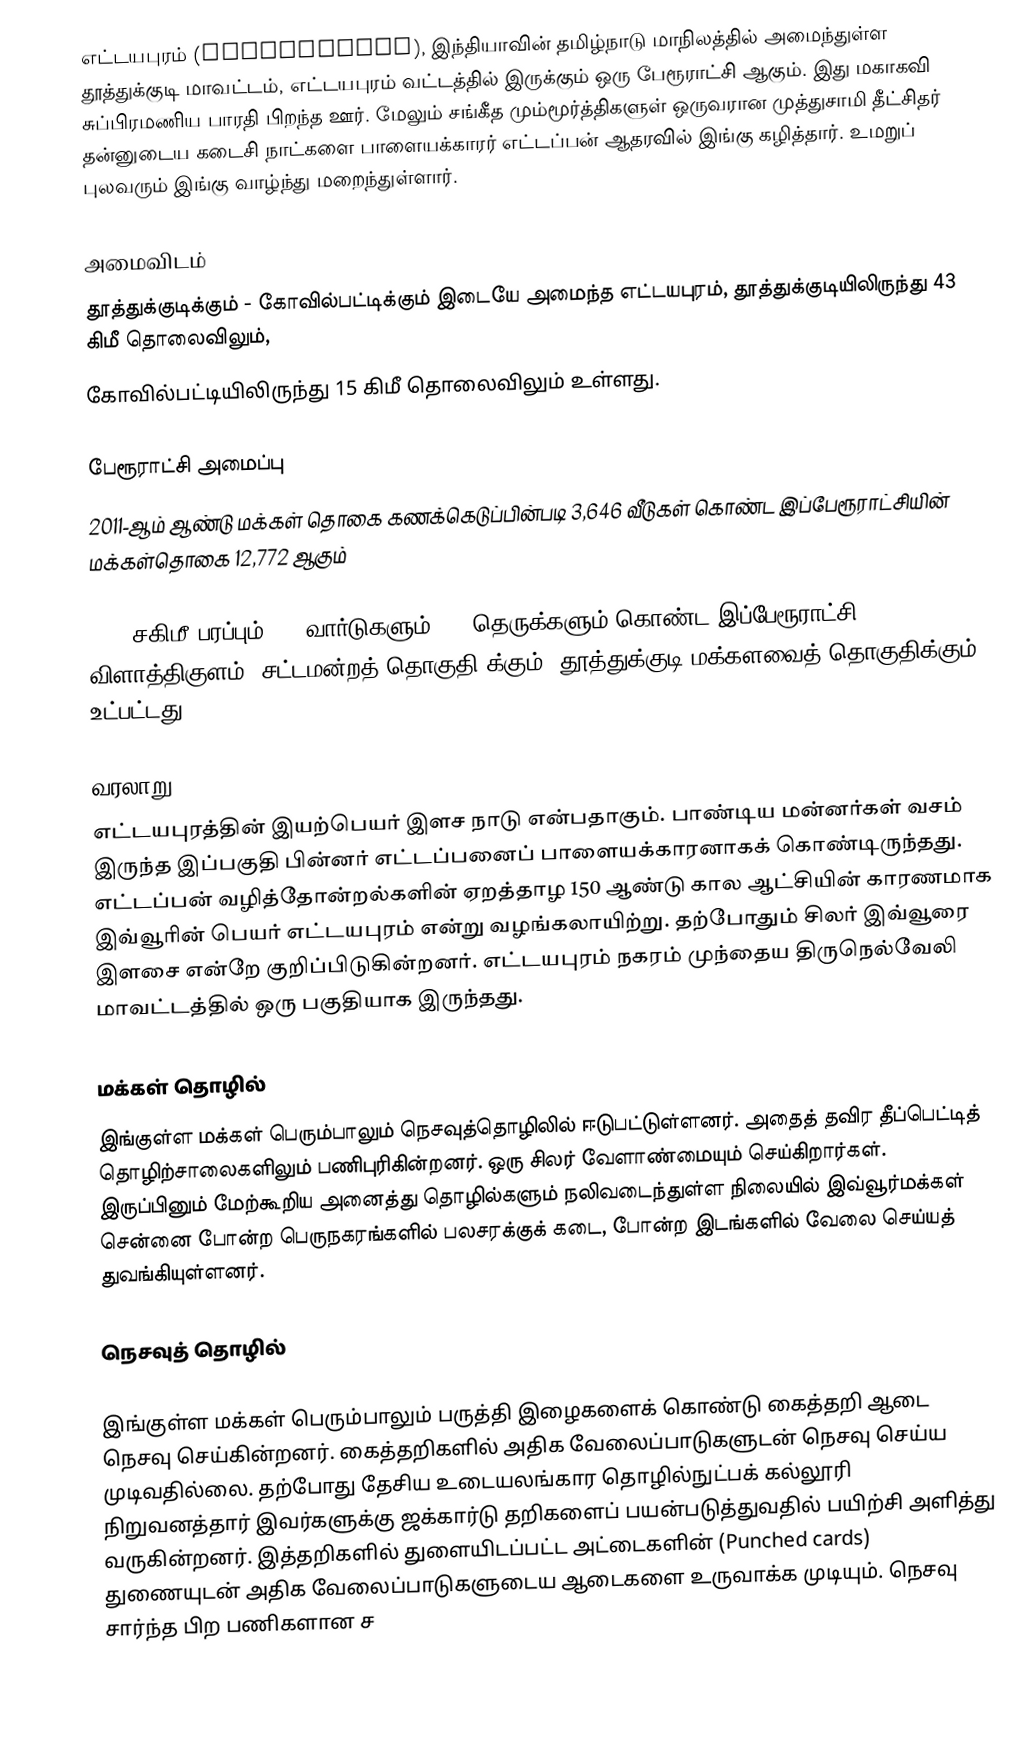
எட்டயபுரம் (Ettayapuram), இந்தியாவின் தமிழ்நாடு மாநிலத்தில் அமைந்துள்ள தூத்துக்குடி மாவட்டம், எட்டயபுரம் வட்டத்தில் இருக்கும் ஒரு பேரூராட்சி ஆகும். இது மகாகவி சுப்பிரமணிய பாரதி பிறந்த ஊர். மேலும் சங்கீத மும்மூர்த்திகளுள் ஒருவரான முத்துசாமி தீட்சிதர் தன்னுடைய கடைசி நாட்களை பாளையக்காரர் எட்டப்பன் ஆதரவில் இங்கு கழித்தார். உமறுப் புலவரும் இங்கு வாழ்ந்து மறைந்துள்ளார்.

அமைவிடம்
தூத்துக்குடிக்கும் - கோவில்பட்டிக்கும் இடையே அமைந்த எட்டயபுரம், தூத்துக்குடியிலிருந்து 43 கிமீ தொலைவிலும்,
கோவில்பட்டியிலிருந்து 15 கிமீ தொலைவிலும் உள்ளது.

பேரூராட்சி அமைப்பு
2011-ஆம் ஆண்டு மக்கள் தொகை கணக்கெடுப்பின்படி   3,646   வீடுகள் கொண்ட இப்பேரூராட்சியின் மக்கள்தொகை  12,772 ஆகும்

17.5  சகிமீ பரப்பும்,  15 வார்டுகளும், 88  தெருக்களும் கொண்ட இப்பேரூராட்சி  விளாத்திகுளம் (சட்டமன்றத் தொகுதி)க்கும், தூத்துக்குடி மக்களவைத் தொகுதிக்கும் உட்பட்டது.

வரலாறு
எட்டயபுரத்தின் இயற்பெயர் இளச நாடு  என்பதாகும். பாண்டிய மன்னர்கள் வசம் இருந்த இப்பகுதி பின்னர் எட்டப்பனைப் பாளையக்காரனாகக் கொண்டிருந்தது. எட்டப்பன் வழித்தோன்றல்களின் ஏறத்தாழ 150 ஆண்டு கால ஆட்சியின் காரணமாக இவ்வூரின் பெயர் எட்டயபுரம் என்று வழங்கலாயிற்று. தற்போதும் சிலர் இவ்வூரை இளசை என்றே குறிப்பிடுகின்றனர். எட்டயபுரம் நகரம் முந்தைய திருநெல்வேலி மாவட்டத்தில் ஒரு பகுதியாக இருந்தது.

மக்கள் தொழில்
இங்குள்ள மக்கள் பெரும்பாலும் நெசவுத்தொழிலில் ஈடுபட்டுள்ளனர். அதைத் தவிர தீப்பெட்டித் தொழிற்சாலைகளிலும் பணிபுரிகின்றனர். ஒரு சிலர் வேளாண்மையும் செய்கிறார்கள். இருப்பினும் மேற்கூறிய அனைத்து தொழில்களும் நலிவடைந்துள்ள நிலையில் இவ்வூர்மக்கள் சென்னை போன்ற பெருநகரங்களில் பலசரக்குக் கடை, போன்ற இடங்களில் வேலை செய்யத் துவங்கியுள்ளனர்.

நெசவுத் தொழில்

இங்குள்ள மக்கள் பெரும்பாலும் பருத்தி இழைகளைக் கொண்டு கைத்தறி ஆடை நெசவு செய்கின்றனர். கைத்தறிகளில் அதிக வேலைப்பாடுகளுடன் நெசவு செய்ய முடிவதில்லை. தற்போது தேசிய உடையலங்கார தொழில்நுட்பக் கல்லூரி நிறுவனத்தார் இவர்களுக்கு ஜக்கார்டு தறிகளைப் பயன்படுத்துவதில் பயிற்சி அளித்து வருகின்றனர். இத்தறிகளில் துளையிடப்பட்ட அட்டைகளின் (Punched cards) துணையுடன் அதிக வேலைப்பாடுகளுடைய ஆடைகளை உருவாக்க முடியும். நெசவு சார்ந்த பிற பணிகளான ச